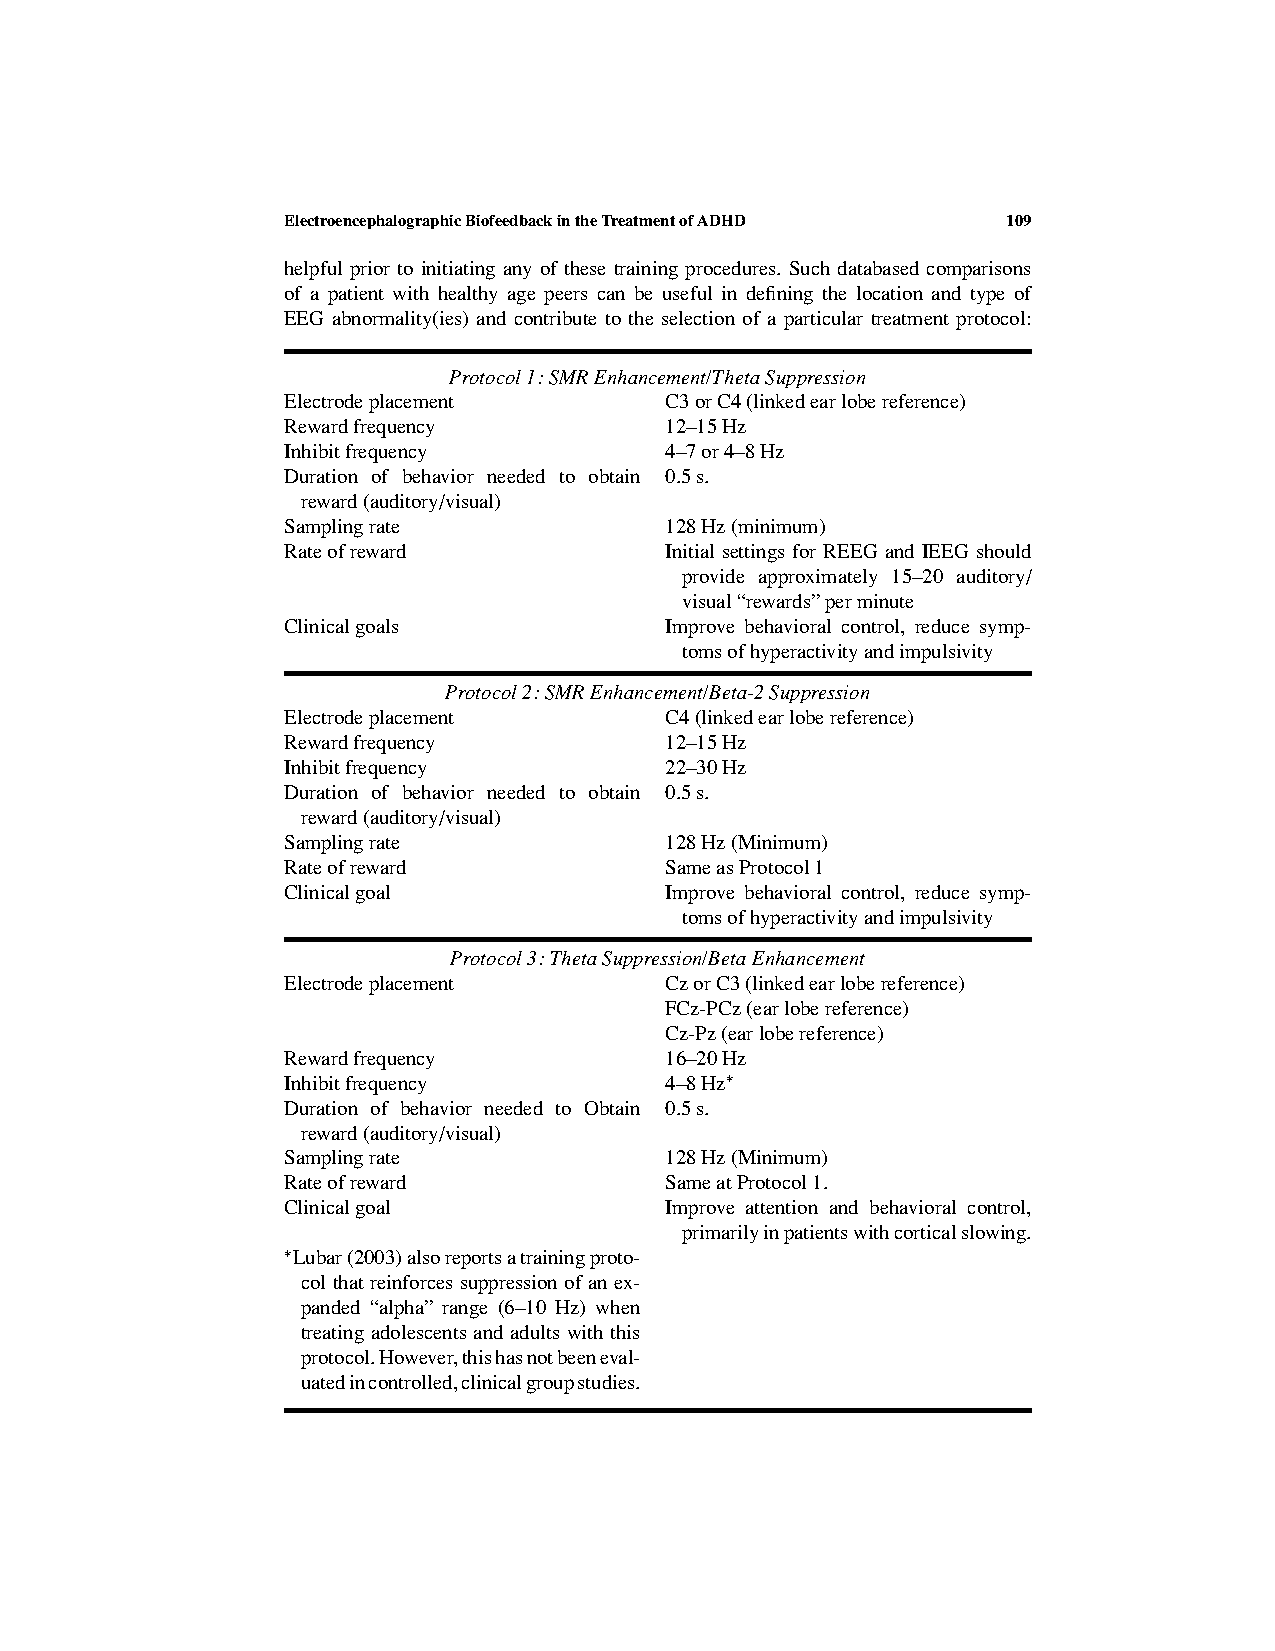
ElectroencephalographicBiofeedbackintheTreatmentofADHD 109
 helpful prior to initiating any of these training procedures. Such databased comparisons
 of a patient with healthy age peers can be useful in defining the location and type of
 EEG abnormality(ies) and contribute to the selection of a particular treatment protocol:
 Protocol1:SMREnhancement/ThetaSuppression
 Electrodeplacement       C3orC4(linkedearlobereference)
 Rewardfrequency          12–15Hz
 Inhibitfrequency         4–7or4–8Hz
 Duration of behavior needed to obtain 0.5s.
 reward(auditory/visual)
 Samplingrate             128Hz(minimum)
 Rateofreward             Initial settings for REEG and IEEG should
 provide approximately 15–20 auditory/
 visual“rewards”perminute
 Clinicalgoals            Improve behavioral control, reduce symp-
 tomsofhyperactivityandimpulsivity
 Protocol2:SMREnhancement/Beta-2Suppression
 Electrodeplacement       C4(linkedearlobereference)
 Rewardfrequency          12–15Hz
 Inhibitfrequency         22–30Hz
 Duration of behavior needed to obtain 0.5s.
 reward(auditory/visual)
 Samplingrate             128Hz(Minimum)
 Rateofreward             SameasProtocol1
 Clinicalgoal             Improve behavioral control, reduce symp-
 tomsofhyperactivityandimpulsivity
 Protocol3:ThetaSuppression/BetaEnhancement
 Electrodeplacement       CzorC3(linkedearlobereference)
 FCz-PCz(earlobereference)
 Cz-Pz(earlobereference)
 Rewardfrequency          16–20Hz
 Inhibitfrequency         4–8Hz
 ∗
 Duration of behavior needed to Obtain 0.5s.
 reward(auditory/visual)
 Samplingrate             128Hz(Minimum)
 Rateofreward             SameatProtocol1.
 Clinicalgoal             Improve attention and behavioral control,
 primarilyinpatientswithcorticalslowing.
 Lubar(2003)alsoreportsatrainingproto-
 ∗
 col that reinforces suppression of an ex-
 panded “alpha” range (6–10 Hz) when
 treating adolescents and adults with this
 protocol.However,thishasnotbeeneval-
 uatedincontrolled,clinicalgroupstudies.